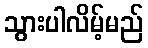
သွားပါလိမ့်မည်